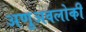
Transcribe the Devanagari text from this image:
अणुअवलोकी